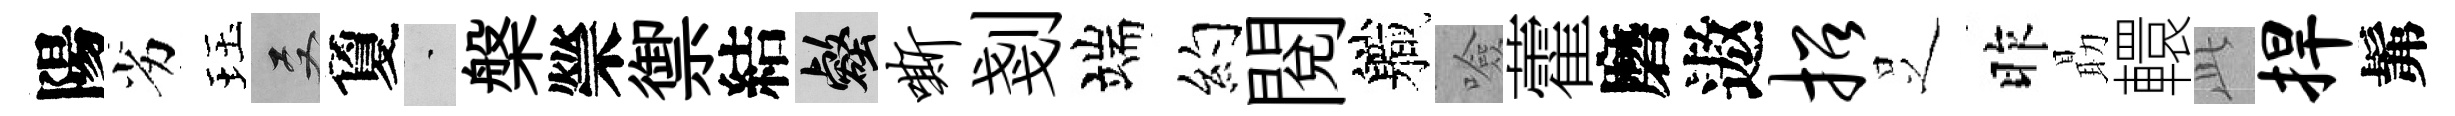
陽劣珏双夐蒙槃禜禦結壑嘶剗端约閲軄噞藿磨遨招𠯁昨朂轘𬼘捍髴